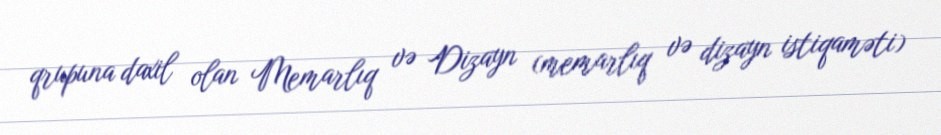
qrupuna daxil olan Memarlıq və Dizayn (memarlıq və dizayn istiqaməti)